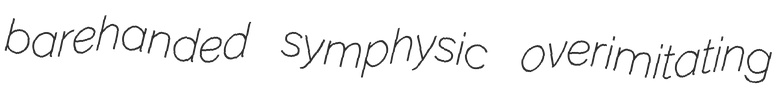
barehanded symphysic overimitating